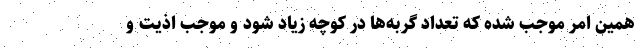
همین امر موجب شده که تعداد گربه‌ها در کوچه زیاد شود و موجب اذیت و